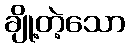
ချို့တဲ့သော